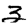
Digit: 3